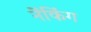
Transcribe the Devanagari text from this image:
नेंकिंग